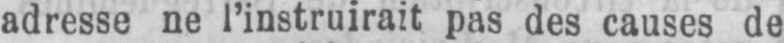
adresse ne l’instruirait pas des causes de